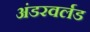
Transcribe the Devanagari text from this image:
अंडरवर्लड